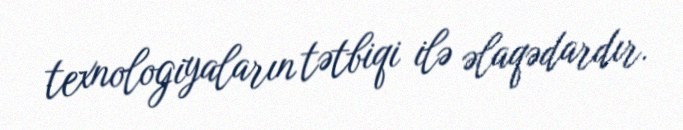
texnologiyaların tətbiqi ilə əlaqədardır.